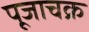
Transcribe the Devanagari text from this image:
पूजाचक्र